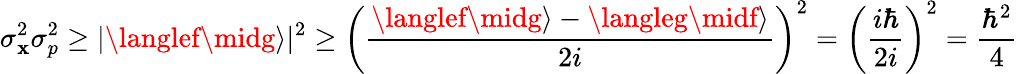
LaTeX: \sigma_{\mathbf{x}}^{2}\sigma_{p}^{2}\geq|\langlef\midg\rangle|^{2}\geq\left({\frac{{\langlef\midg\rangle-\langleg\midf\rangle}}{{2i}}}\right)^{2}=\left({\frac{{i\hbar}}{{2i}}}\right)^{2}={\frac{{\hbar^{2}}}{{4}}}